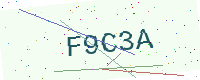
Text: F9C3A